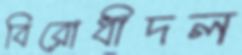
বিরোধীদল